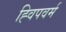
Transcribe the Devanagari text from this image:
ह्विपवर्म